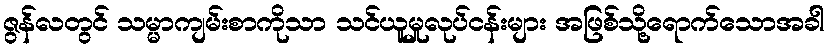
ဇွန်လတွင် သမ္မာကျမ်းစာကိုသာ သင်ယူမှုလုပ်ငန်းများ အဖြစ်သို့ရောက်သောအခါ